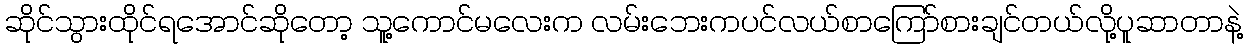
ဆိုင်သွားထိုင်ရအောင်ဆိုတော့ သူ့ကောင်မလေးက လမ်းဘေးကပင်လယ်စာကြော်စားချင်တယ်လို့ပူဆာတာနဲ့